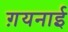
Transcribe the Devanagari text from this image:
ग़यनाई